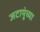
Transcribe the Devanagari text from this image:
जटायूंच्या